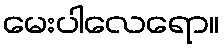
မေးပါလေရော။